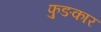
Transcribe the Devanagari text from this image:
फुङकार